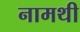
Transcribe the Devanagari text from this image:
नामथी